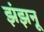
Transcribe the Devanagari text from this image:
झंझनू